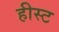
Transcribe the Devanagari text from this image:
हीस्ट